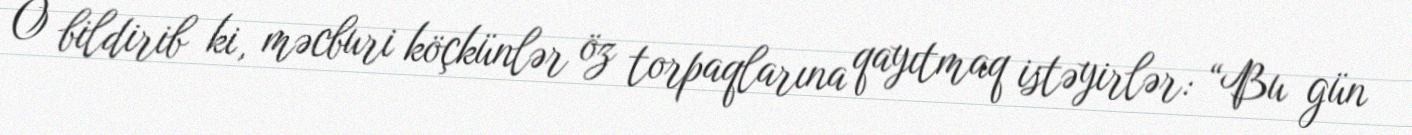
O bildirib ki, məcburi köçkünlər öz torpaqlarına qayıtmaq istəyirlər: “Bu gün